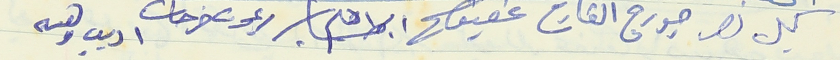
كميل نصر جورج القارح عفيف ابراهيم ريمون فرحات اديب وهبه